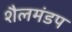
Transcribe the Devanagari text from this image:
शैलमंडप